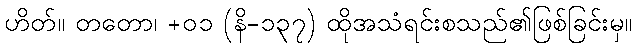
ဟိတ်။ တတော၊ +၀၁ (နိ-၁၃၇) ထိုအသံရင်းစသည်၏ဖြစ်ခြင်းမှ။